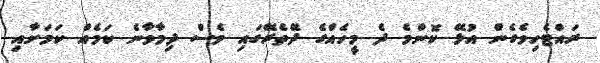
ރައްޓެހިވެގެން އުޅޭ ކޮންމެ ދެ މީހެއްގެ ދޭތެރޭގައި ވެސް ދިމާވާނެ ކަމެއް ކަމަށާއި